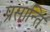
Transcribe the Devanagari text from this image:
प्रसान्ति